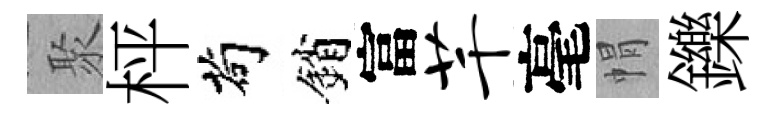
聚枰茍銷富芊毫㡌鑠